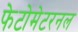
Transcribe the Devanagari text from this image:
फेटोमेटरनल